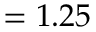
= 1 . 2 5